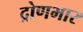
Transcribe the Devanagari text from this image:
द्रोणभार